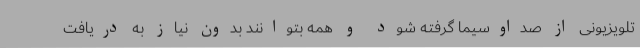
تلویزیونی از صداوسیما گرفته شود و همه بتوانند بدون نیاز به دریافت